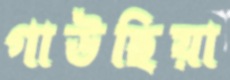
গাউছিয়া